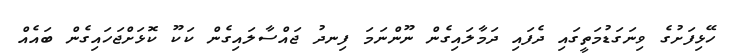
ހޭޅިފަށުގެ ވިނަގަޑުމަތީގައި ދެފައި ދަމާލައިގެން ނޫންނަމަ ފިނދު ޖައްސާލައިގެން ކަކޫ ކޮޅަށްޖަހައިގެން ބައެއް